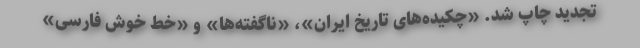
تجدید چاپ شد. «چکیده‌های تاریخ ایران»، «ناگفته‌ها» و «خط خوش فارسی»